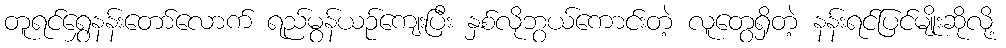
တူရင်ရွှေနန်းတော်လောက် ရည်မွန်ယဉ်ကျေးပြီး နှစ်လိုဘွယ်ကောင်းတဲ့ လူတွေရှိတဲ့ နန်းရင်ပြင်မျိုးဆိုလို့